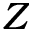
Z